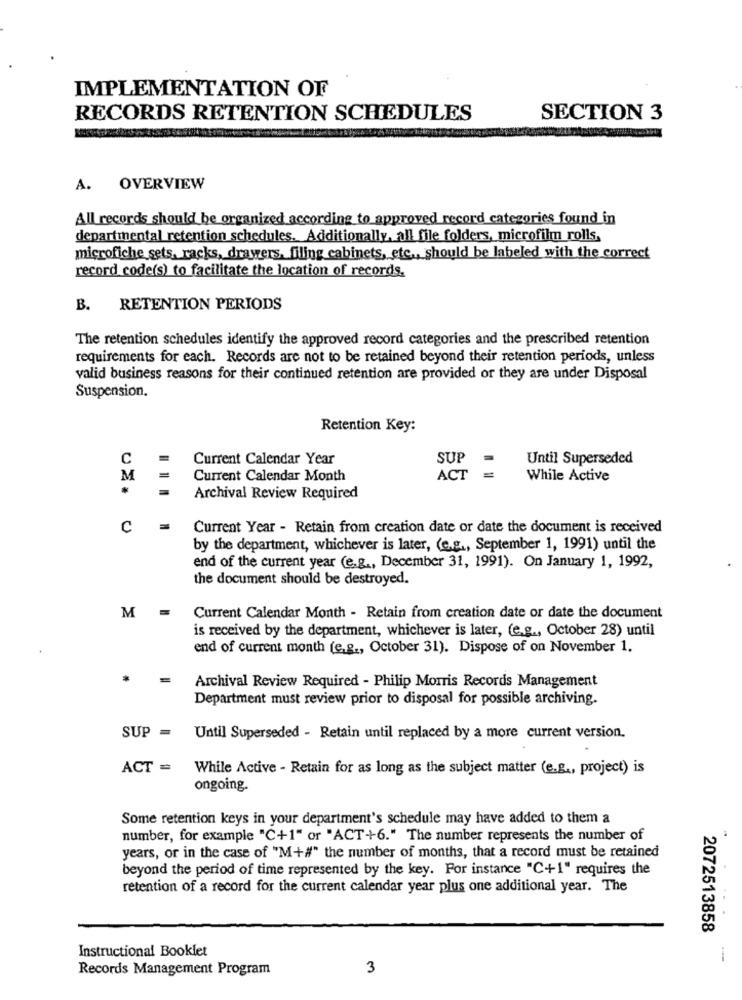
IMPLEMENTATION OF
RECORDS RETENTION SCHEDULES
SECTION 3
A. OVERVIEW
All records should be organized according to approved record categories found in
departmental retention schedules. Additionally, all file folders, microfilm rolls,
microfiche sets, racks, drawers, filing cabinets, etc ., should be labeled with the correct
record code(s) to facilitate the location of records.
B. RETENTION PERIODS
The retention schedules identify the approved record categories and the prescribed retention
requirements for each. Records are not to be retained beyond their retention periods, unless
valid business reasons for their continued retention are provided or they are under Disposal
Suspension.
Retention Key:
C
Current Calendar Year
SUP
Until Superseded
M
Current Calendar Month
ACT
While Active
Archival Review Required
C
Current Year - Retain from creation date or date the document is received
by the department, whichever is later, (e.g ., September 1, 1991) until the
end of the current year (e.g ., December 31, 1991). On January 1, 1992,
the document should be destroyed.
M
Current Calendar Month - Retain from creation date or date the document
is received by the department, whichever is later, (e.g ., October 28) until
end of current month (e.g ., October 31). Dispose of on November 1.
Archival Review Required - Philip Morris Records Management
Department must review prior to disposal for possible archiving.
SUP = Until Superseded - Retain until replaced by a more current version.
ACT = While Active - Retain for as long as the subject matter (e.g ., project) is
ongoing.
Some retention keys in your department's schedule may have added to them a
number, for example "C+1" or "ACT+6." The number represents the number of
years, or in the case of "M+#" the number of months, that a record must be retained
beyond the period of time represented by the key. For instance "C+1" requires the
retention of a record for the current calendar year plus one additional year. The
2072513858
Instructional Booklet
Records Management Program
3